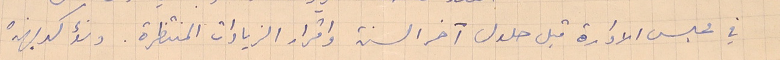
في مجلس الادارة قبل حلول آخر السنة واقرار الزيادات المنتظرة. ونؤكد بهذه